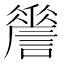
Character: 𧬑